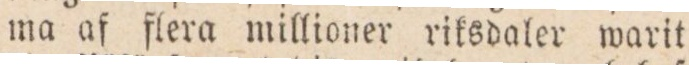
ma af flera millioner riksdaler warit